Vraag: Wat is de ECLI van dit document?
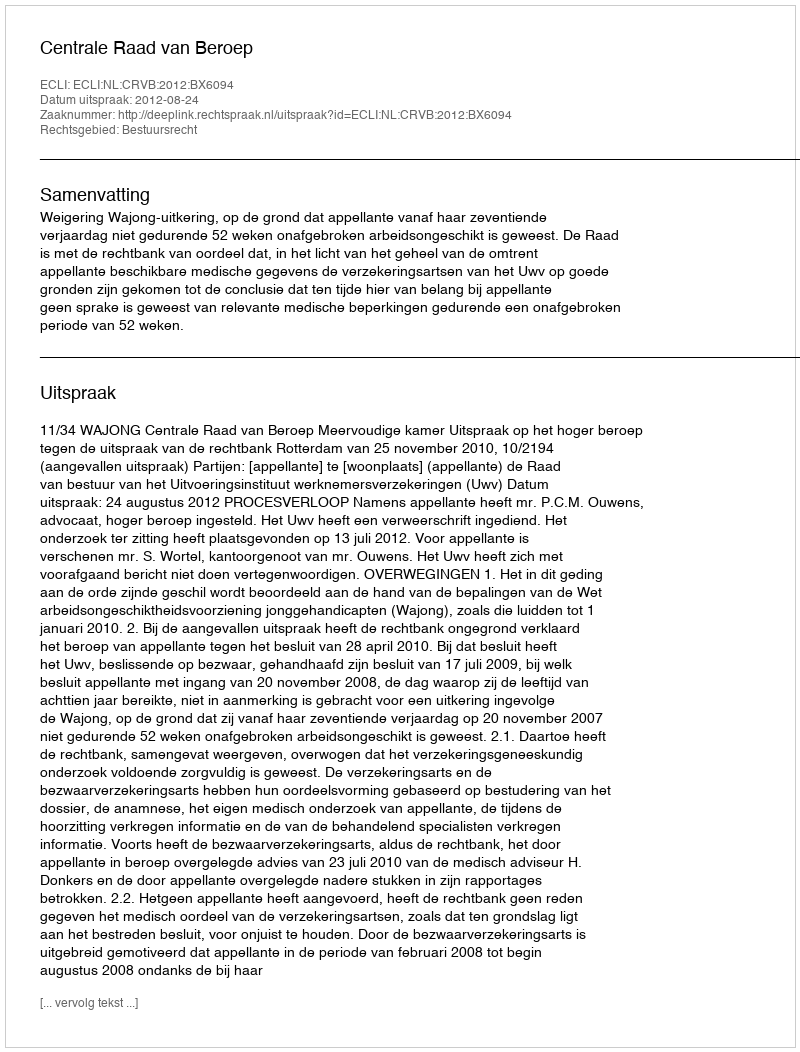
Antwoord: ECLI:NL:CRVB:2012:BX6094